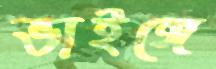
ভাইঙ্গে